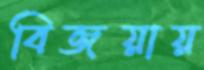
বিজয়ায়